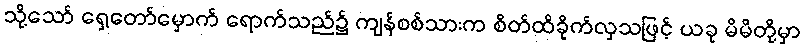
သို့သော် ရှေ့တော်မှောက် ရောက်သည်၌ ကျန်စစ်သားက စိတ်ထိခိုက်လှသဖြင့် ယခု မိမိတို့မှာ